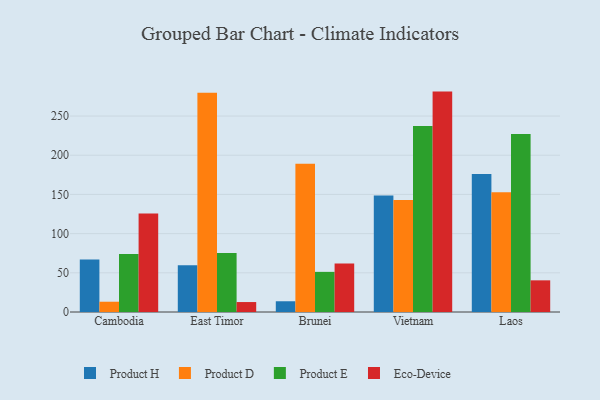
{"axis": {"x": "Country", "y": "Revenue (USD Million)"}, "legend": ["Eco-Device", "Product D", "Product E", "Product H"], "data": [{"x": "Cambodia", "y": 66.9, "type": "Product H"}, {"x": "Cambodia", "y": 13.1, "type": "Product D"}, {"x": "Cambodia", "y": 73.9, "type": "Product E"}, {"x": "Cambodia", "y": 125.7, "type": "Eco-Device"}, {"x": "East Timor", "y": 59.8, "type": "Product H"}, {"x": "East Timor", "y": 279.7, "type": "Product D"}, {"x": "East Timor", "y": 75.4, "type": "Product E"}, {"x": "East Timor", "y": 12.7, "type": "Eco-Device"}, {"x": "Brunei", "y": 13.7, "type": "Product H"}, {"x": "Brunei", "y": 189.1, "type": "Product D"}, {"x": "Brunei", "y": 51.2, "type": "Product E"}, {"x": "Brunei", "y": 61.8, "type": "Eco-Device"}, {"x": "Vietnam", "y": 148.6, "type": "Product H"}, {"x": "Vietnam", "y": 142.8, "type": "Product D"}, {"x": "Vietnam", "y": 237.4, "type": "Product E"}, {"x": "Vietnam", "y": 281.2, "type": "Eco-Device"}, {"x": "Laos", "y": 176.0, "type": "Product H"}, {"x": "Laos", "y": 152.7, "type": "Product D"}, {"x": "Laos", "y": 227.2, "type": "Product E"}, {"x": "Laos", "y": 40.4, "type": "Eco-Device"}]}